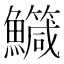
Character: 鱵